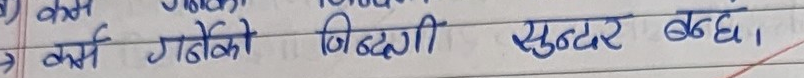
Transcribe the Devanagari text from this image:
कर्म गर्दाको जिन्दगी सुन्दर बन्छ।